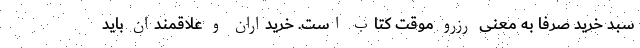
سبد خرید صرفاً به معنی رزرو موقت کتاب است. خریداران و علاقمندان باید